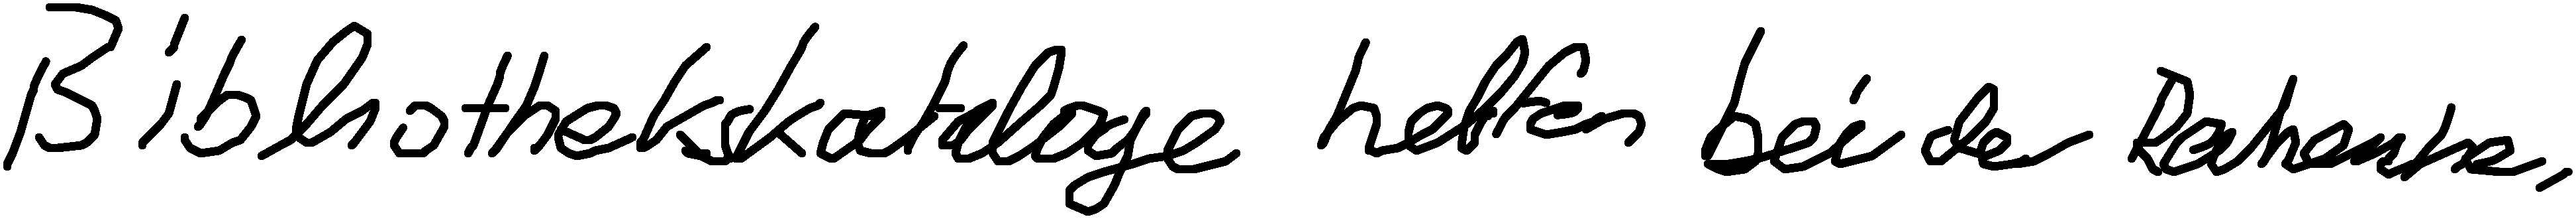
Bibliothekskataloge helfen bei der Recherche.